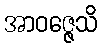
အာဝဇ္ဇေသိ